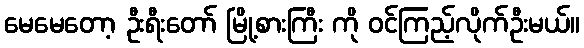
မေမေတော့ ဦးရီးတော် မြို့စားကြီး ကို ဝင်ကြည့်လိုက်ဦးမယ်။